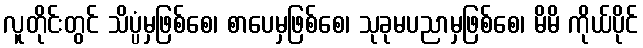
လူတိုင်းတွင် သိပ္ပံမှဖြစ်စေ၊ စာပေမှဖြစ်စေ၊ သုခုမပညာမှဖြစ်စေ၊ မိမိ ကိုယ်ပိုင်